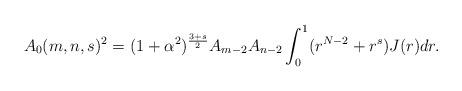
LaTeX: \begin{align*}A_0(m,n,s)^2= (1+\alpha^2)^{\frac{3+s}{2}}A_{m-2}A_{n-2}\int_0^1(r^{N-2} + r^s) J(r) dr.\end{align*}